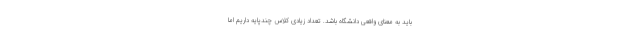
باید به معنای واقعی دانشگاه باشد. تعداد زیادی کلاس چندپایه داریم اما